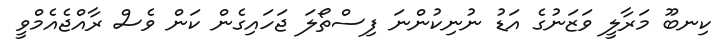
ކިނބޫ މަރާލީ ވަޒަނުގެ އަޑު ނުނިކުންނަ ފިސްތޯލަ ޖަހައިގެން ކަން ވެސް ރާއްޖެއެމްވީ